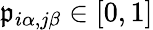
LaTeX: \mathfrak{p}_{i\alpha,j\beta}\in[0,1]